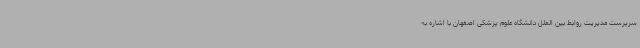
سرپرست مدیریت روابط بین الملل دانشگاه علوم پزشکی اصفهان با اشاره به